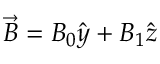
\vec { B } = B _ { 0 } \hat { y } + B _ { 1 } \hat { z }